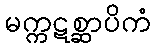
မက္ကဋစ္ဆာပိကံ